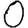
Digit: 0